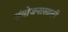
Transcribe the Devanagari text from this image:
संयोजनासाठी